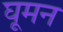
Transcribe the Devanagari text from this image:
घूमन